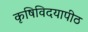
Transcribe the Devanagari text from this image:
कृषिविदयापीठ